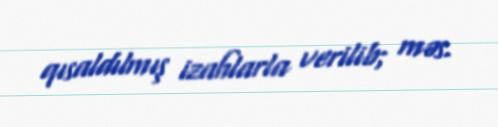
qısaldılmış izahlarla verilib; məs.